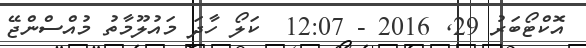
އޮކްޓޯބަރު 29